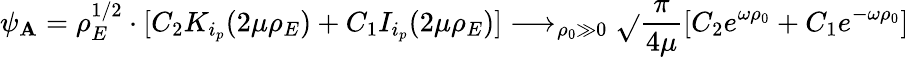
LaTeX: \psi_{\mathbf{A}}=\rho_{E}^{1/2}\cdot[C_{2}K_{i_{p}}(2\mu\rho_{E})+C_{1}I_{i_{p}}(2\mu\rho_{E})]\longrightarrow_{\rho_{0}\gg0}\sqrt{}{{\frac{{\pi}}{{4\mu}}}}[C_{2}e^{\omega\rho_{0}}+C_{1}e^{-\omega\rho_{0}}]